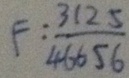
F : \frac { 3 1 2 5 } { 4 6 6 5 6 }